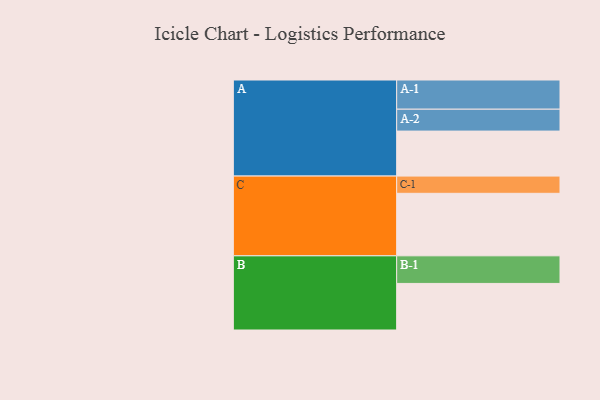
{"axis": {"x": "Segment", "y": "Value"}, "legend": ["", "A", "B", "C"], "data": [{"x": "A", "y": 339, "type": ""}, {"x": "B", "y": 351, "type": ""}, {"x": "C", "y": 471, "type": ""}, {"x": "A-1", "y": 220, "type": "A"}, {"x": "A-2", "y": 165, "type": "A"}, {"x": "B-1", "y": 208, "type": "B"}, {"x": "C-1", "y": 130, "type": "C"}]}